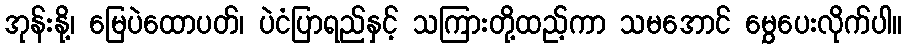
အုန်းနို့၊ မြေပဲထောပတ်၊ ပဲငံပြာရည်နှင့် သကြားတို့ထည့်ကာ သမအောင် မွှေပေးလိုက်ပါ။